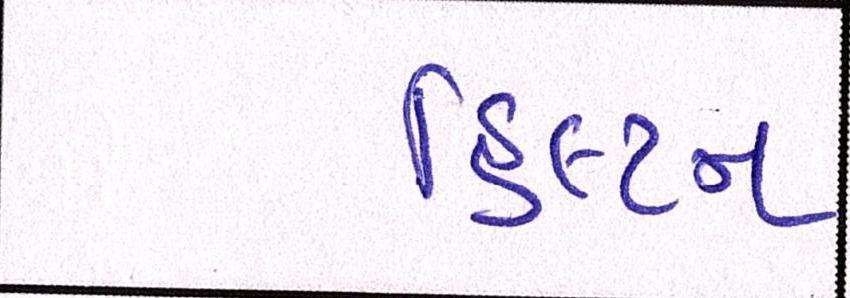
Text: હિલ્ટન